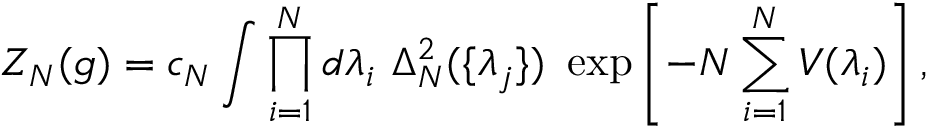
Z _ { N } ( g ) = c _ { N } \int \prod _ { i = 1 } ^ { N } d \lambda _ { i } \ \Delta _ { N } ^ { 2 } ( \{ \lambda _ { j } \} ) \ \exp \left[ - N \sum _ { i = 1 } ^ { N } V ( \lambda _ { i } ) \right] ,